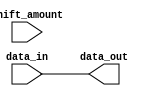
module CircularBarrelShifter (
    input [7:0] data_in,
    input [2:0] shift_amount,
    output reg [7:0] data_out
);

reg [7:0] temp_data;

always @(*) begin
    temp_data = data_in;
    // Perform shifting operations using arithmetic blocks
    // Implement the circular shifting pattern
    // Connect the output of one block to the input of the next block
end

assign data_out = temp_data;

endmodule